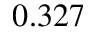
0 . 3 2 7